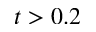
t > 0 . 2